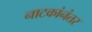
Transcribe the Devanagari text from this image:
नाटकांनंतर